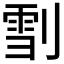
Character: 𠞯